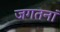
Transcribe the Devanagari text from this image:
जगतनां